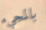
بالمجيء